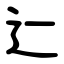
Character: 辷